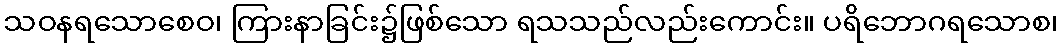
သဝနရသောစေဝ၊ ကြားနာခြင်း၌ဖြစ်သော ရသသည်လည်းကောင်း။ ပရိဘောဂရသောစ၊